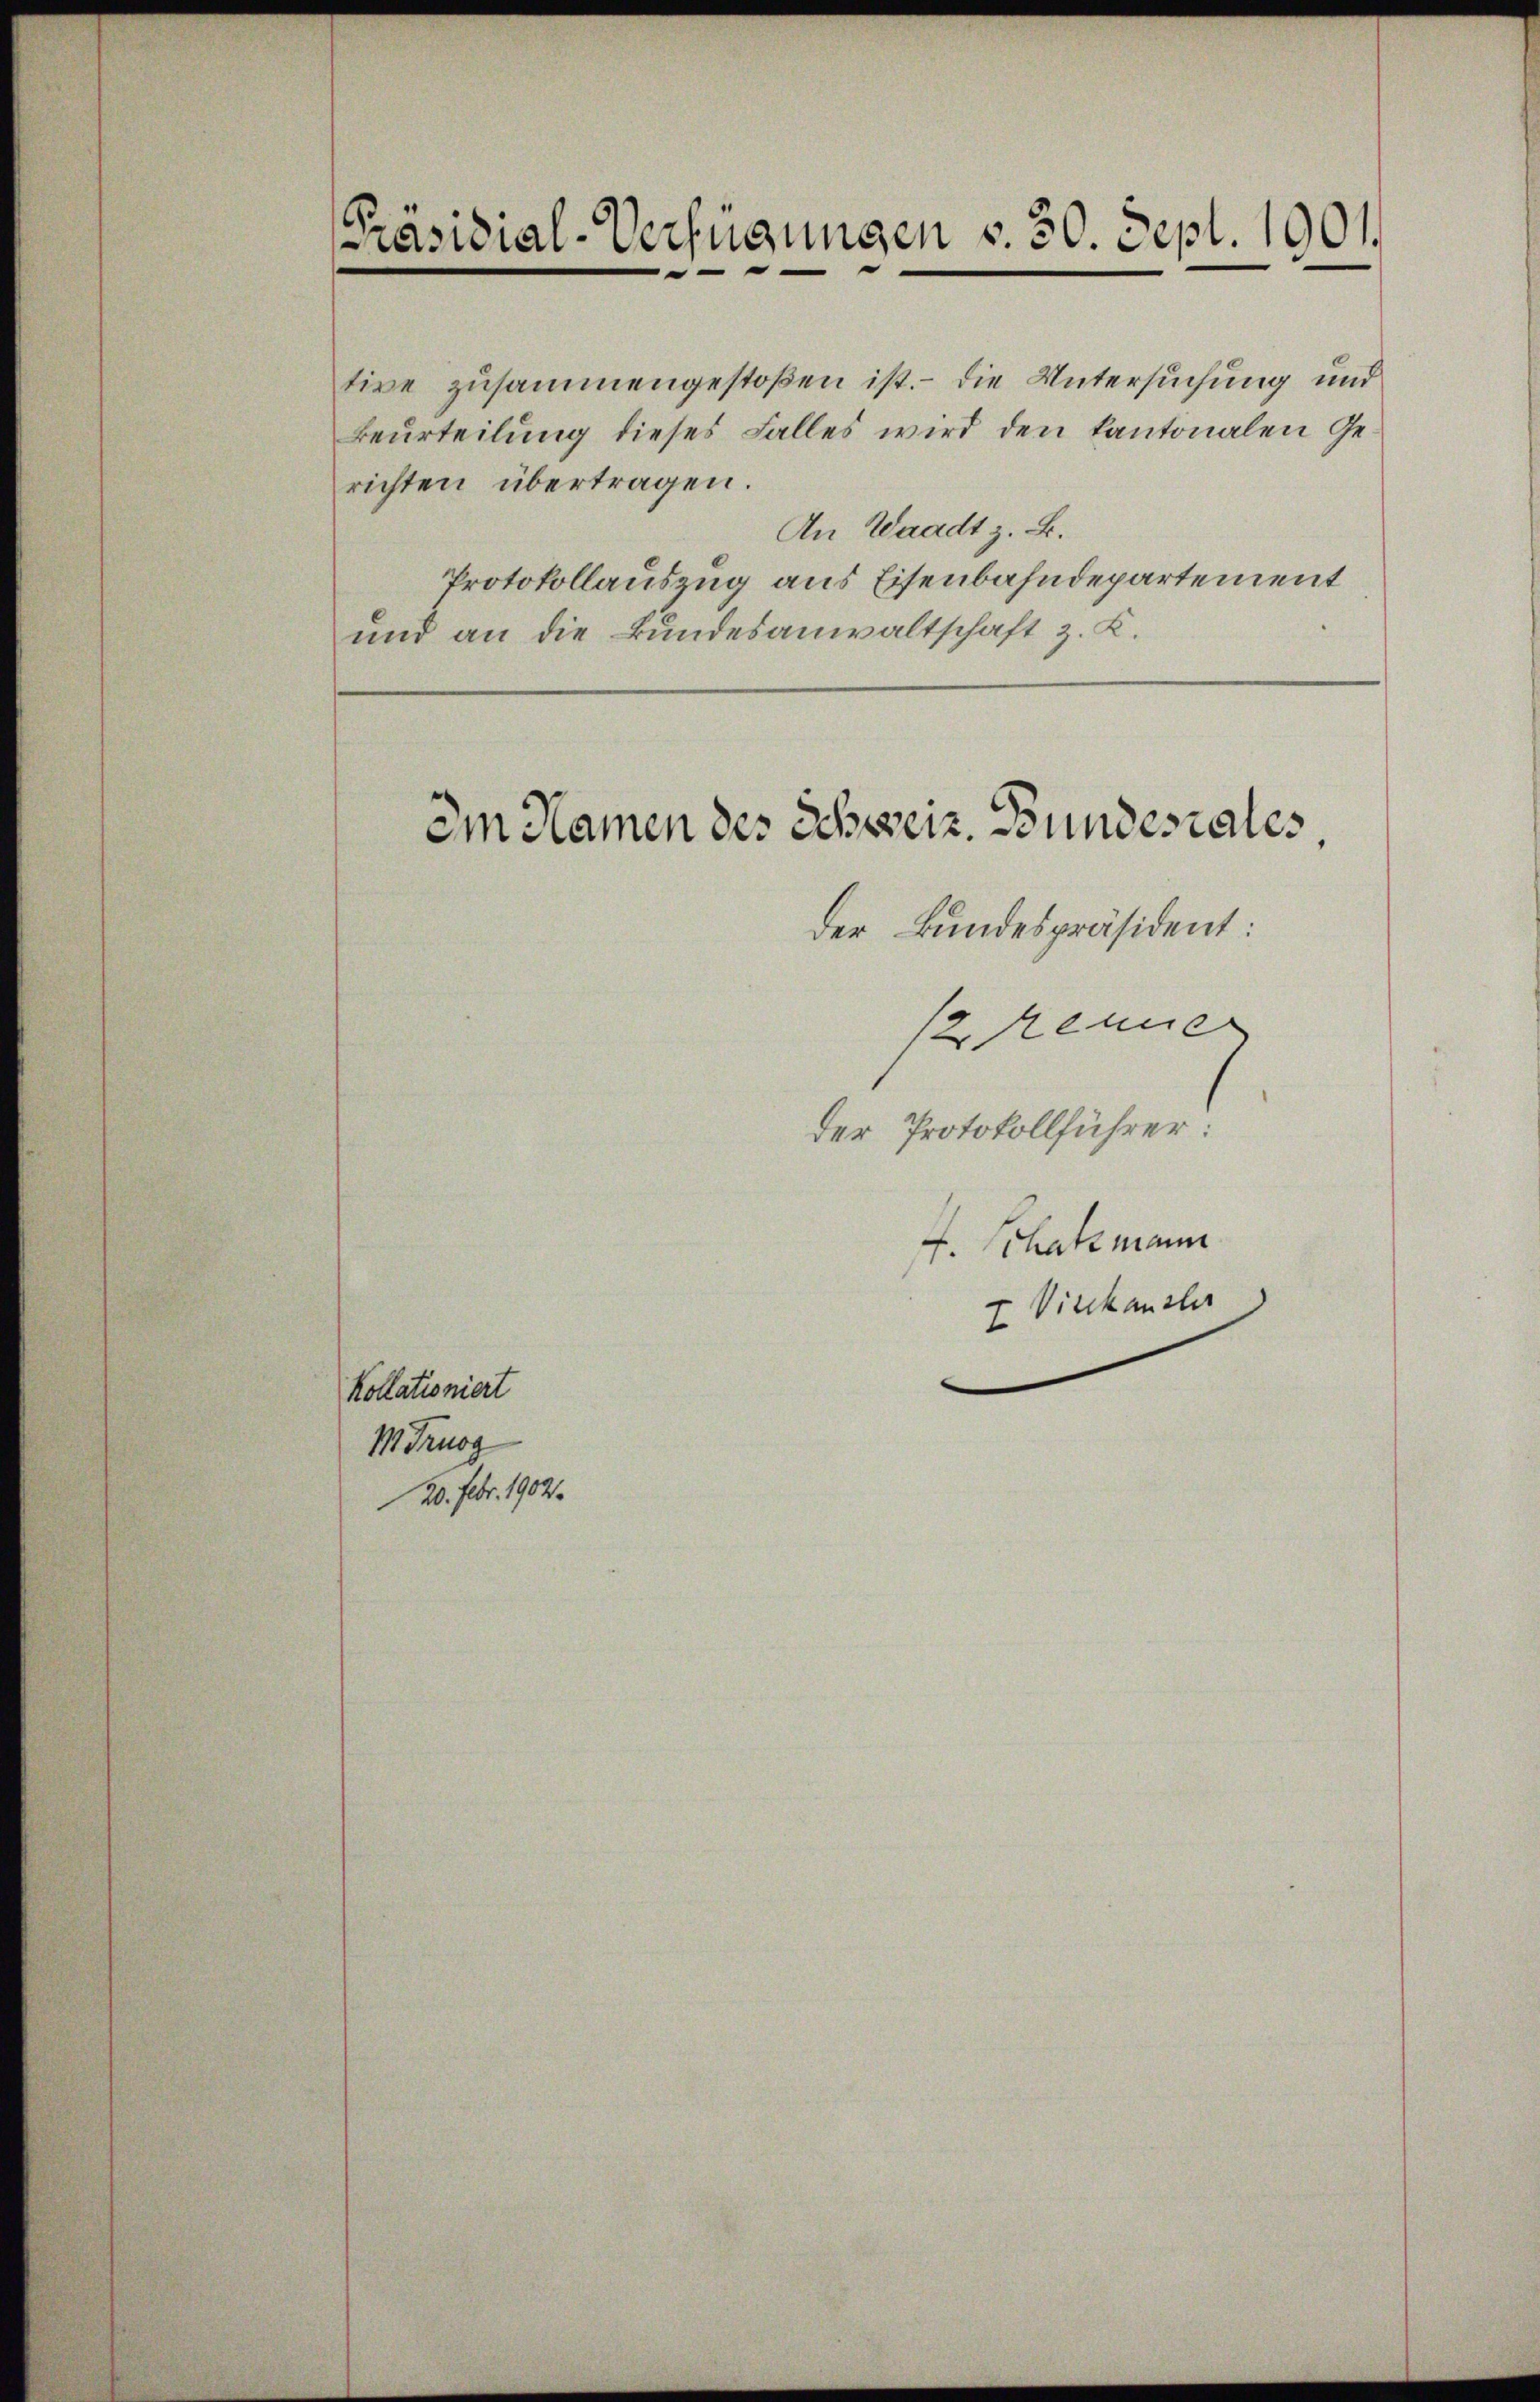
Präsidial-Verfügungen v. 30. Sept. 1901.

tive zusammengestoßen ist. - Die Untersuchung und
Beurteilung dieses Falles wird den kantonalen Gerichten übertragen.
An Waadt z. B.
Protokollauszug aus Eisenbahndepartement
und an die Bundesanwaltschaft z. K.

Kollationiert
M. Trugg
20. Febr. 1902.

Im Namen des Schweiz. Bundesrates,

der Bundespräsident:
12 kenner
der Protokollführer:
F. Schatzmann
I Vierkanzler